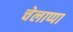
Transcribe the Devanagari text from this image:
चेलाप्पा